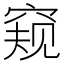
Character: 窥